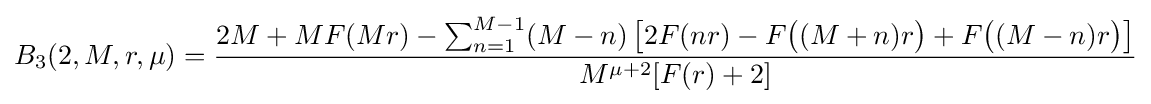
B_{3}(2,M,r,\mu )={\frac {2M+MF(Mr)-\sum _{n=1}^{M-1}(M-n)\left[2F(nr)-F{\big (}(M+n)r{\big )}+F{\big (}(M-n)r{\big )}\right]}{M^{\mu +2}[F(r)+2]}}